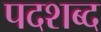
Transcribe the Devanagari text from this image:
पदशब्द